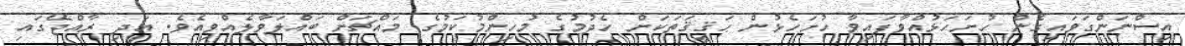
އިސްނަންގަވައިގެން ހުށަހަޅުއްވާފައިވާ ހުށަހެޅުން ޙަޤީޤަތަކަށް ހެދުމުގެ މުހިންމުކަމުގެ މައްޗަށް ބައްލަވާލެއްވިއެވެ. އަދި ރާއްޖޭގައި